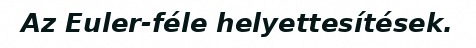
Az Euler-féle helyettesítések.